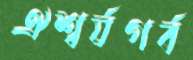
ঐশ্বর্যগর্ব